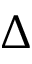
\Delta